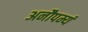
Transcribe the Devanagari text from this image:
अनौपम्यं